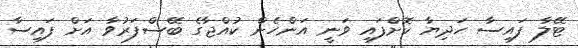
ޓޭލާ ފައިސާ ހަދިޔާ ކޮށްފައި ވަނީ އަންހެން ކުއްޖާގެ ބޭސްފަރުވާ އަށް ފައިސާ